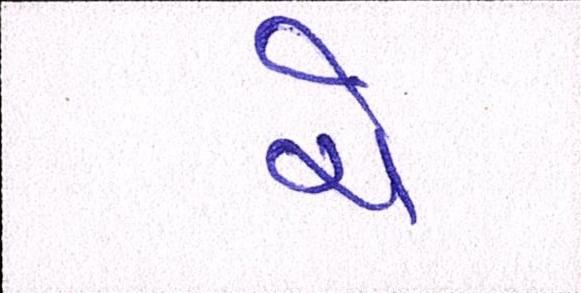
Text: ચે